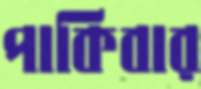
পাকিবার